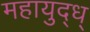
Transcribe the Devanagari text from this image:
महायुद्ध्